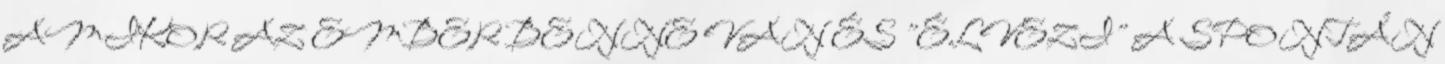
AMIKOR AZ EMBER BENNE VAN ÉS "ÉLVEZI" A SPONTÁN